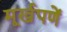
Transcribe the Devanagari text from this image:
मूर्खपणें